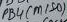
Text: PB4